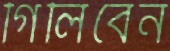
গিলিবেন